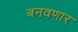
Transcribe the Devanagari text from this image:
बनवणार